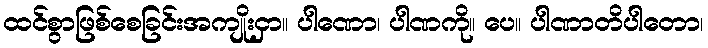
ထင်စွာဖြစ်စေခြင်းအကျိုးငှာ။ ပါဏော၊ ပါဏကို။ ပေ။ ပါဏာတိပါတော၊